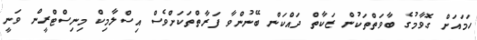
ހަމައަށް ގޮވާމުގެ ބާވަތްތަކުން ޒަކާތް ދައްކަން ބޭނުންވާ ފަރާތްތަކަށްވެސް އިސްލާމިކް މިިނިސްޓްރީން ވަނީ